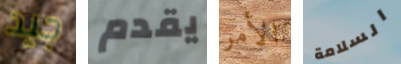
جيد يقدم الأمر السلامة